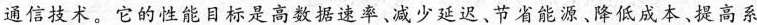
通信技术。它的性能目标是高数据速率、减少延迟、节省能源。降低成本。提高系